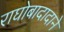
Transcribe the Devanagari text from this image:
राघोबादादाने